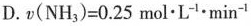
D.$$v ( N H _ { 3 } ) = 0 . 2 5 m o l \cdot L ^ { - 1 } \cdot m i n ^ { - 1 }$$